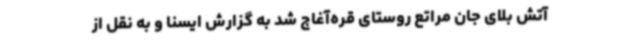
آتش بلای جان مراتع روستای قره‌آغاج شد به گزارش ایسنا و به نقل از